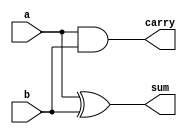
module half_adder(sum, carry, a, b);

// Define in ports
input a,b;
output sum, carry;

// Circuit Functionlity in data flow level
assign sum = a ^ b;
assign carry = a & b;

// or Circuit Functionlity in gate level
xor x1(sum, a, b);
and a1(carry, a, b);

endmodule